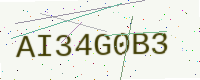
Text: AI34G0B3